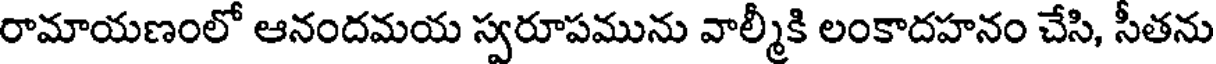
రామాయణంలో ఆనందమయ స్వరూపమును వాల్మీకి లంకాదహనం చేసి, సీతను